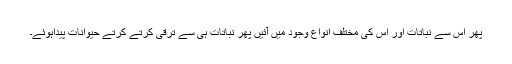
پھر اس سے نباتات اور اس کی مختلف انواع وجود میں آئیں پھر نباتات ہی سے ترقی کرتے کرتے حیوانات پیداہوئے۔